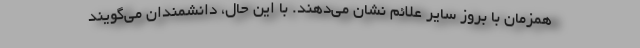
همزمان با بروز سایر علائم نشان می‌دهند. با این حال، دانشمندان می‌گویند